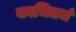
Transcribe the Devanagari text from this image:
क्वचितचं